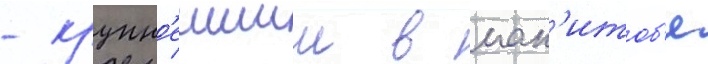
- крупн'еишии в ман'итоб'е